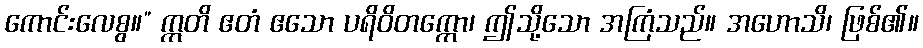
ကောင်းလေစွ။” ဣတိ ဧတံ ဧသော ပရိဝိတက္ကော၊ ဤသို့သော အကြံသည်။ အဟောသိ၊ ဖြစ်၏။